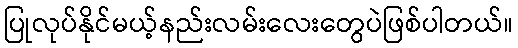
ပြုလုပ်နိုင်မယ့်နည်းလမ်းလေးတွေပဲဖြစ်ပါတယ်။